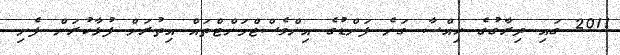
2011 ގައި ދިރާގުގެ ހިއްސާ ގަނެ ފަންޑުގެ އިންވެސްޓްމަންޓްތައް އިތުރަށް ފުޅާކުރަން ފެށި